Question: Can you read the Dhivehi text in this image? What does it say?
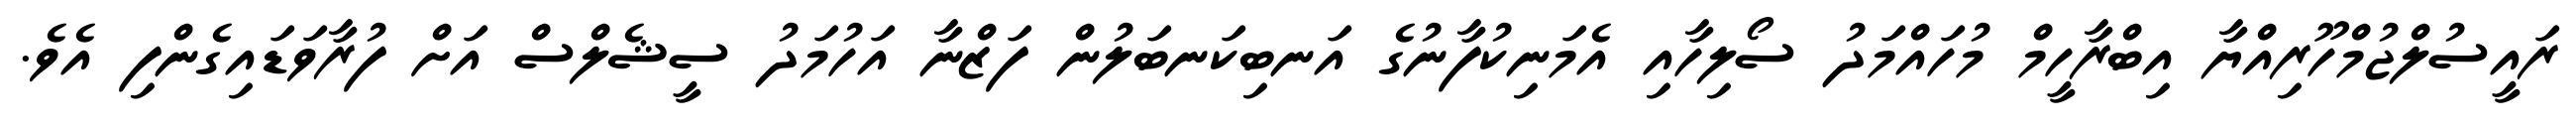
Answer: ރައީސުލްޖުމްހޫރިއްޔާ އިބްރާހީމް މުހައްމަދު ސޯލިހާއި އެމަނިކުފާނުގެ އަނބިކަނބަލުން ފަޒްނާ އަހުމަދު ސީޝެލްސް އަށް ފުރާވަޑައިގެންފި އެވެ.